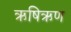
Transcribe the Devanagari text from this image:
ऋषिऋण